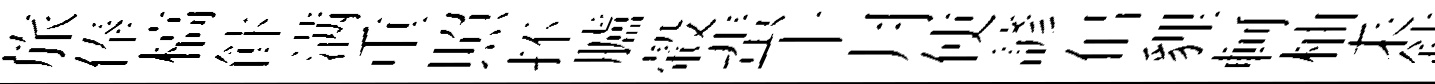
旅俸槁飰满重照抔臚轂蜚十月使諺佀貍軻柚耒敍